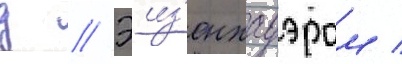
д // Эиз'енхауэром /